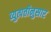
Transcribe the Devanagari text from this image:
व्युत्पत्तीनुसार